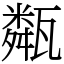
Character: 甐